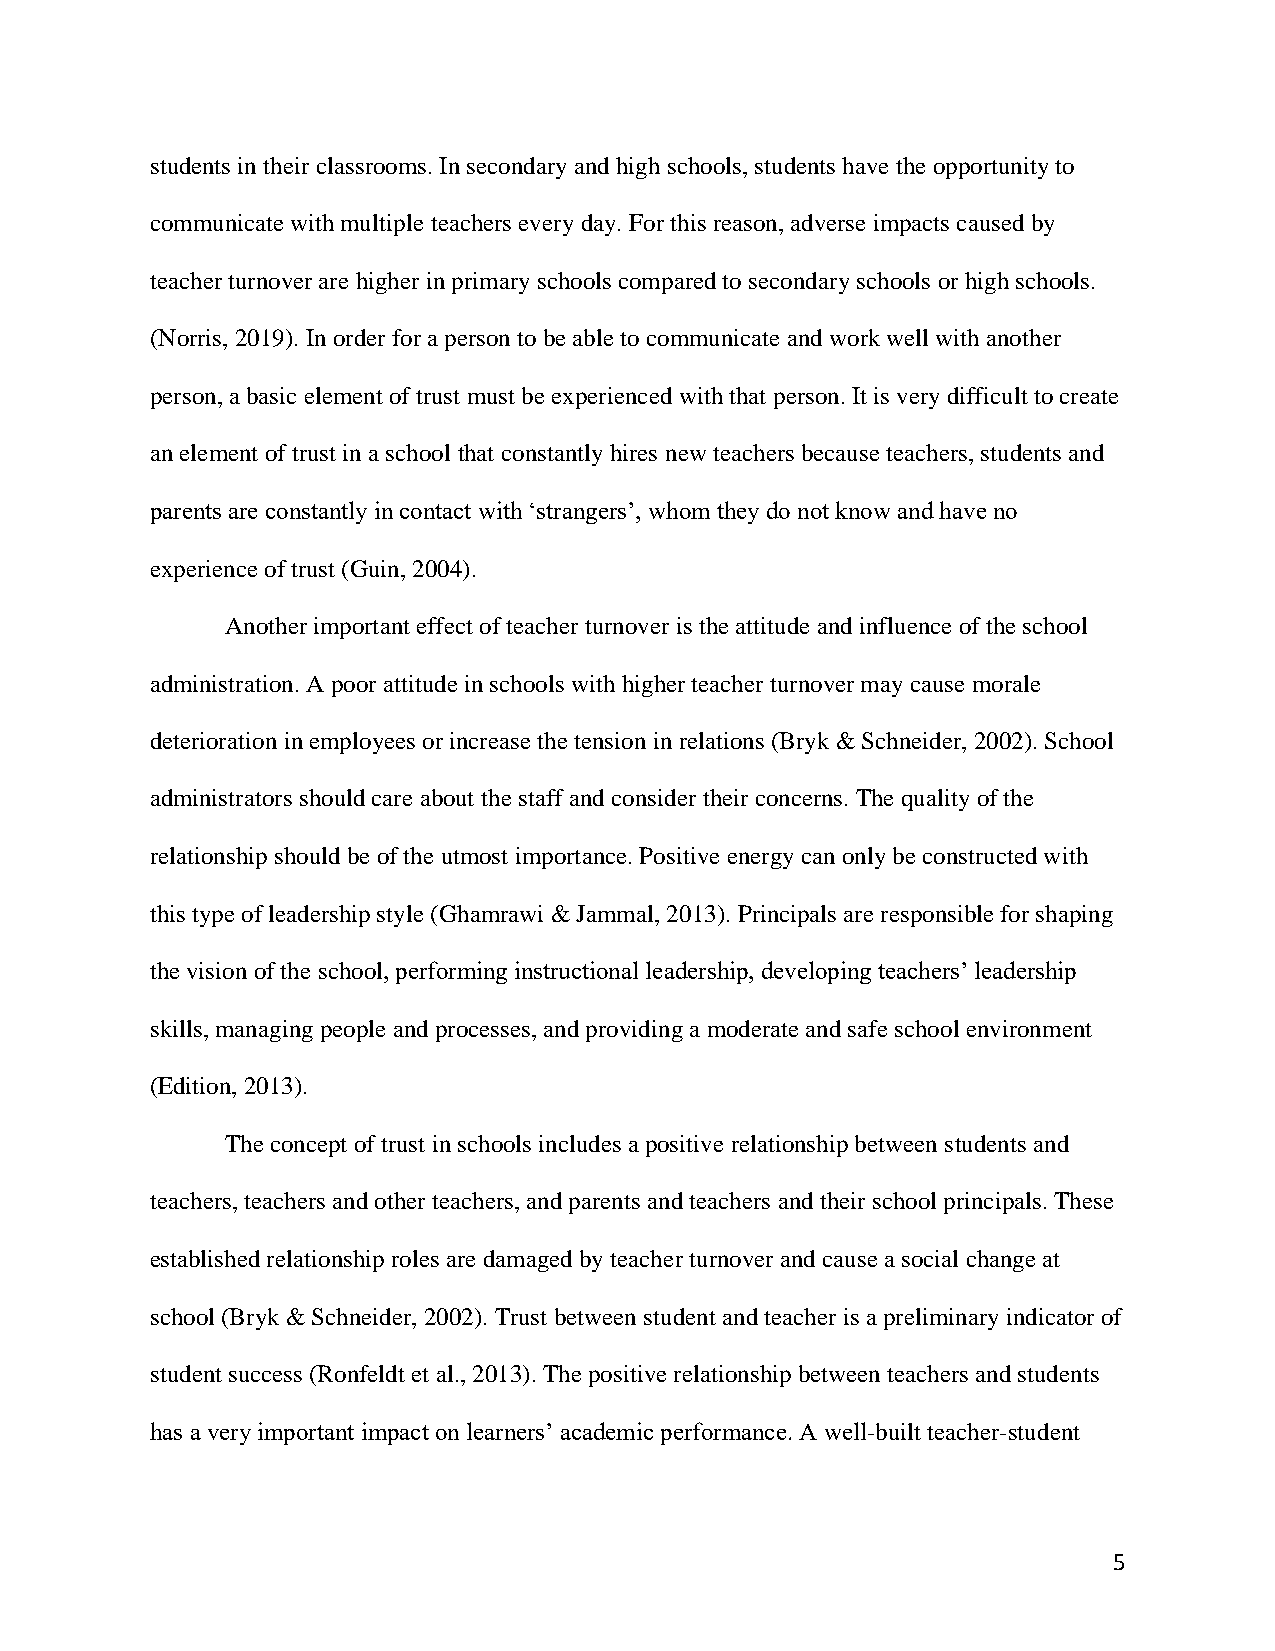
students in their classrooms. In secondary and high schools, students have the opportunity to
 communicate with multiple teachers every day. For this reason, adverse impacts caused by
 teacher turnover are higher in primary schools compared to secondary schools or high schools.
 (Norris, 2019). In order for a person to be able to communicate and work well with another
 person, a basic element of trust must be experienced with that person. It is very difficult to create
 an element of trust in a school that constantly hires new teachers because teachers, students and
 parents are constantly in contact with ‘strangers’, whom they do not know and have no
 experience of trust (Guin, 2004).
 Another important effect of teacher turnover is the attitude and influence of the school
 administration. A poor attitude in schools with higher teacher turnover may cause morale
 deterioration in employees or increase the tension in relations (Bryk & Schneider, 2002). School
 administrators should care about the staff and consider their concerns. The quality of the
 relationship should be of the utmost importance. Positive energy can only be constructed with
 this type of leadership style (Ghamrawi & Jammal, 2013). Principals are responsible for shaping
 the vision of the school, performing instructional leadership, developing teachers’ leadership
 skills, managing people and processes, and providing a moderate and safe school environment
 (Edition, 2013).
 The concept of trust in schools includes a positive relationship between students and
 teachers, teachers and other teachers, and parents and teachers and their school principals. These
 established relationship roles are damaged by teacher turnover and cause a social change at
 school (Bryk & Schneider, 2002). Trust between student and teacher is a preliminary indicator of
 student success (Ronfeldt et al., 2013). The positive relationship between teachers and students
 has a very important impact on learners’ academic performance. A well-built teacher-student
 5